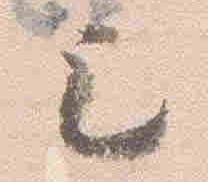
已